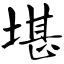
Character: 堪